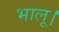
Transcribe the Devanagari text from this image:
भालू।